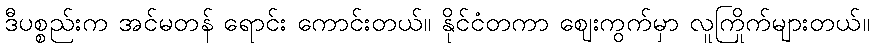
ဒီပစ္စည်းက အင်မတန် ရောင်း ကောင်းတယ်။ နိုင်ငံတကာ ဈေးကွက်မှာ လူကြိုက်များတယ်။